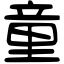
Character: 童